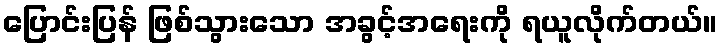
ပြောင်းပြန် ဖြစ်သွားသော အခွင့်အရေးကို ရယူလိုက်တယ်။